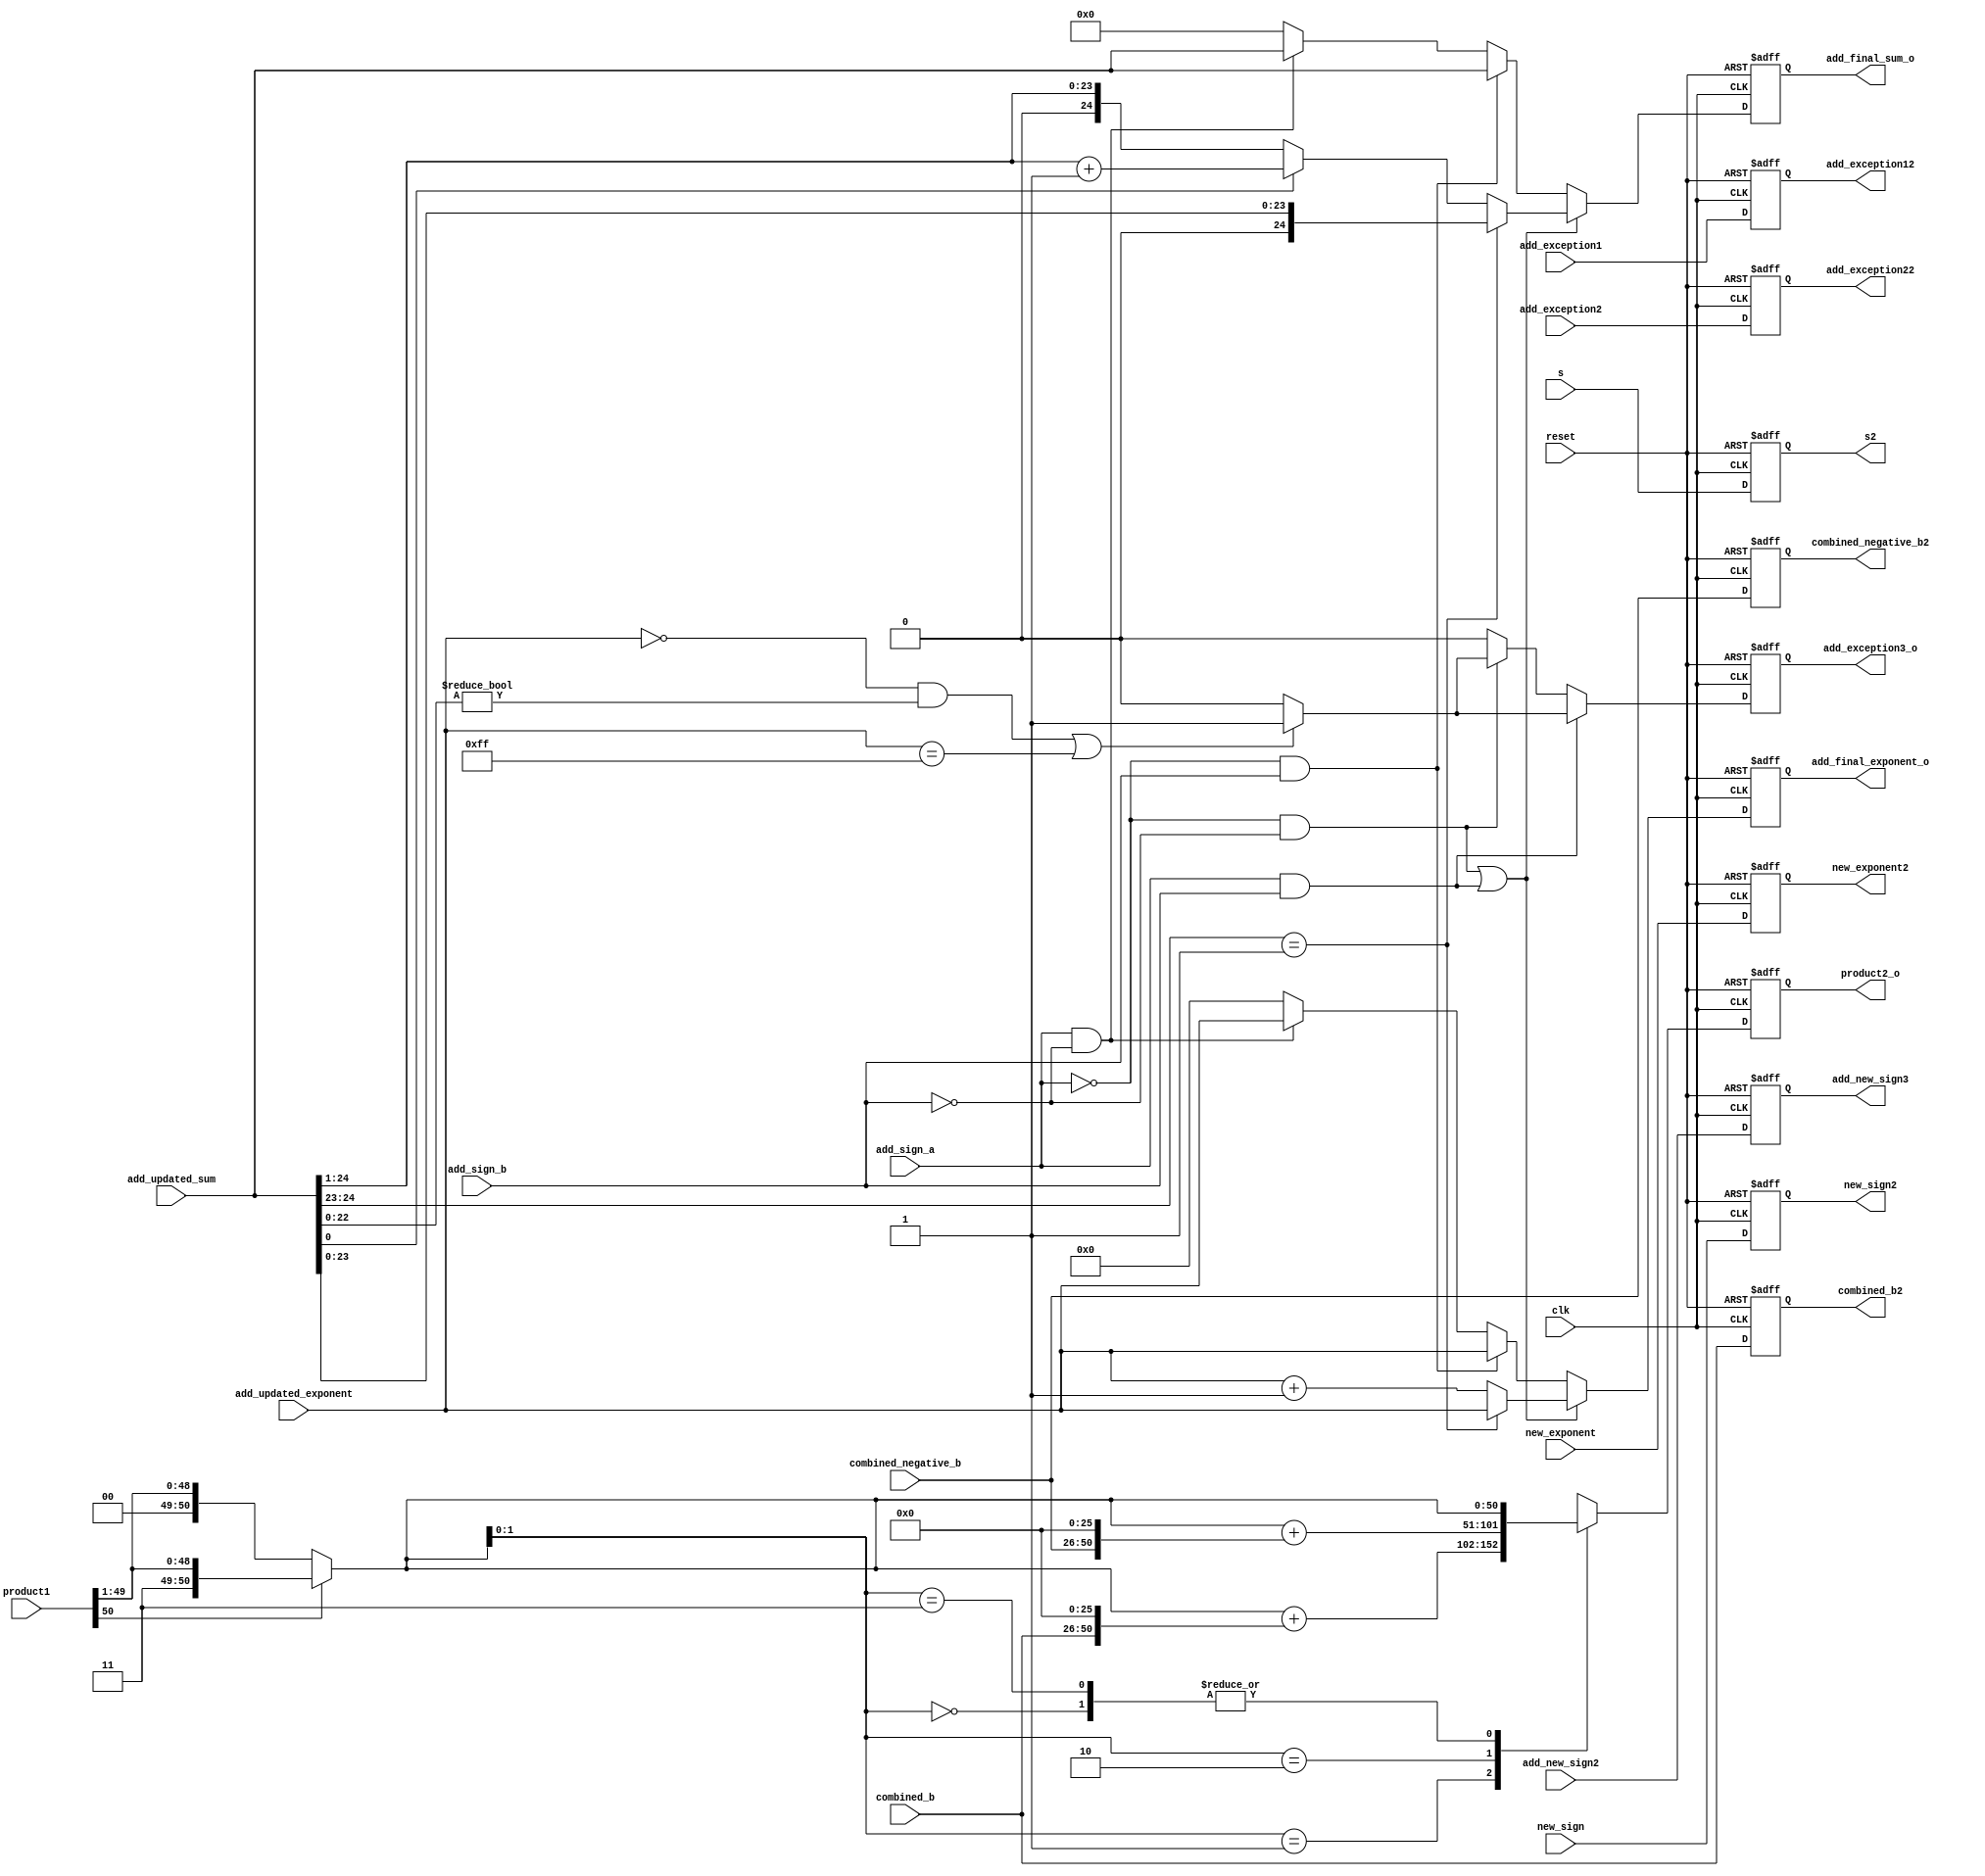
module booth4(clk, reset, product1 ,combined_b, combined_negative_b, product2_o,combined_b2, combined_negative_b2,new_exponent,new_exponent2,new_sign,new_sign2,add_sign_a, add_sign_b, add_updated_sum, add_updated_exponent, add_final_exponent_o, add_final_sum_o, add_exception3_o, add_new_sign2, add_new_sign3,add_exception1,add_exception2,add_exception12,add_exception22,s,s2); 

input [8:0]new_exponent;
output reg [8:0] new_exponent2;
input [24:0]combined_b, combined_negative_b;
output reg [50:0] product2_o;
input [50:0] product1;
output reg[24:0]combined_b2, combined_negative_b2;
input s;

output reg s2;

reg [51:0] product_temp3;
reg [50:0] product2,product_shift,product_temp2;

input new_sign;
output reg new_sign2;

//adder

input [24:0]add_updated_sum;
input [7:0]add_updated_exponent;
input add_sign_a,add_sign_b;
input clk,reset;
input add_new_sign2;
input add_exception1,add_exception2;

output reg add_exception12,add_exception22;
output reg add_new_sign3;
output reg add_exception3_o;
output reg [24:0] add_final_sum_o;
output reg [7:0] add_final_exponent_o;

reg add_exception3;
reg [24:0] add_final_sum;
reg [7:0] add_final_exponent;

reg [23:0]add_updated_sum_temp;

always@(posedge clk or negedge reset)
begin
	if(!reset)
		begin
		product2_o <= 50'b0;
		combined_b2 <= 25'b0;
		combined_negative_b2 <= 25'b0;
		new_exponent2 <= 8'b0;
		new_sign2<= 1'b0;
		s2<=0;
		end
	else
		begin
		product2_o <= product2;
		combined_b2 <= combined_b;
		combined_negative_b2 <= combined_negative_b;
		new_exponent2 <= new_exponent;
		new_sign2<=new_sign;
		s2 <=s;
		end
end

always@(*)
begin
	
	if(product1[50] == 1'b1)
   product_shift[50:0]= {1'b1, product1[50:1]};
	else if(product1[50] == 1'b0)
	product_shift[50:0] = {1'b0, product1[50:1]};
	else
	product_shift[50:0] = 50'b0;
	
end

 always@(*)
begin

 case(product_shift[1:0])
 
 
 
 2'b00: begin
	
	product2 = product_shift;
	product_temp2 =  50'b0;
		product_temp3 = 52'b0;
	end
	
	2'b01:  begin
		
		product_temp2 = {combined_b, 26'b0};
		product_temp3 = product_shift + product_temp2;
		product2 = product_temp3[50:0];
		end
		
	2'b10: 	begin

		product_temp2 = {combined_negative_b, 26'b0};
		product_temp3 = product_shift + product_temp2;
		product2 = product_temp3[50:0];
		end
		
		2'b11: begin
	
	product2 = product_shift;
	product_temp2 =  50'b0;
		product_temp3 = 52'b0;
	end
	
	endcase
	

end

always@(posedge clk or negedge reset)
begin
	if(!reset)
	begin
	add_exception3_o <= 1'b0;
	add_final_sum_o <= 25'b0000000000000000000000000;
	add_final_exponent_o <= 8'b00000000;
	add_new_sign3 <= 1'b0;
	add_exception12<= 8'b0;
	add_exception22<= 8'b0;
	end
	else
	begin
	add_exception3_o <= add_exception3;
	add_final_sum_o <= add_final_sum;
	add_final_exponent_o <= add_final_exponent;
	add_new_sign3 <= add_new_sign2;
	add_exception12<= add_exception1;
	add_exception22<= add_exception2;
	end
end


always@(*)
begin
	if(add_sign_a == 1'b1 && add_sign_b == 1'b1)
	begin
	if((add_updated_exponent == 8'b00000000)&&(add_updated_sum[22:0]!=23'b0) ||(add_updated_exponent == 8'b11111111) )
	add_exception3 = 1'b1;
	else
	add_exception3 = 1'b0;
	end
	
	else if(add_sign_a == 1'b0 && add_sign_b == 1'b0)
	begin
	if((add_updated_exponent == 8'b00000000)&&(add_updated_sum[22:0]!=23'b0) ||(add_updated_exponent == 8'b11111111) )
	add_exception3 = 1'b1;
	else
	add_exception3 = 1'b0;
	end
	
	
	else if(add_sign_a == 1'b1 && add_sign_b == 1'b0)
	begin
	add_exception3 = 1'b0;
	end
	
	else if(add_sign_a == 1'b0 && add_sign_b == 1'b1)
	begin
	add_exception3 = 1'b0;
	end

	else
	add_exception3 = 1'b0;
	

end

always@(*)
begin

		
		if((add_sign_a == 1'b0 && add_sign_b == 1'b0) || (add_sign_a == 1'b1 && add_sign_b == 1'b1))
		begin
	
		if(add_updated_sum[24:23] == 2'b01)
		begin
			add_final_sum = {1'b0,add_updated_sum[23:0]};
			add_final_exponent = add_updated_exponent;
		end
		else
	 	begin
			if(add_updated_sum[0] == 1'b0)
			begin
			add_final_sum = {1'b0,add_updated_sum[24:1]};
			add_final_exponent = add_updated_exponent +1'b1;
			end	
			else if(add_updated_sum[0] == 1'b1)
			begin
			//add_updated_sum_temp = add_updated_sum[24:1];
			add_final_sum= add_updated_sum[24:1] + 1'b1;
			add_final_exponent = add_updated_exponent +1'b1;
			end
			else
			begin
			add_final_sum = 25'b0;
			add_final_exponent = 8'b0;
			end
		end
		end

		else if(add_sign_a == 1'b0 && add_sign_b == 1'b1)
		begin
		
		add_final_sum = add_updated_sum;
		add_final_exponent = add_updated_exponent;
		end

		else if(add_sign_a == 1'b1 && add_sign_b == 1'b0)
		begin
		
		add_final_sum = add_updated_sum;
		add_final_exponent = add_updated_exponent;
		end

		else
		begin
		add_final_sum = 25'b0;
		add_final_exponent = 8'b0;
		end

	
end

endmodule